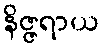
နိဇ္ဇရာယ